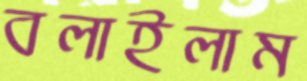
বলাইলাম